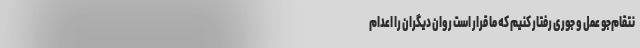
نتقام‌جو عمل و جوری رفتار کنیم که ما قرار است روان دیگران را اعدام